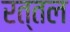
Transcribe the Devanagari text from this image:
रत्तल